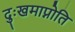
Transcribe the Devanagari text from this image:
दुःखमाप्नोति